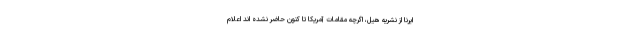
ایرنا از نشریه هیل، اگرچه مقامات آمریکا تا کنون حاضر نشده اند اعلام